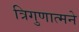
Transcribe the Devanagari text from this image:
त्रिगुणात्मने